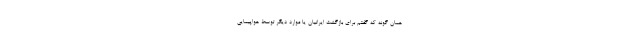
همان گونه که گفتم برای بازگشت ایرانیان یا موارد دیگر توسط هواپیمایی